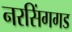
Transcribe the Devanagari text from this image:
नरसिंगगड